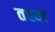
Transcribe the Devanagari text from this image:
तस्यां